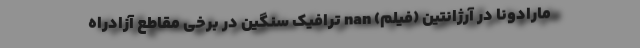
مارادونا در آرژانتین (فیلم) nan ترافیک سنگین در برخی مقاطع آزادراه